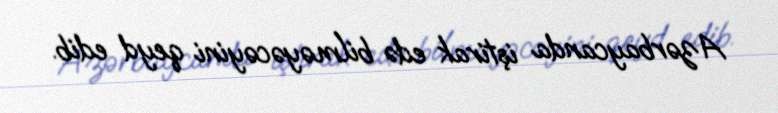
Azərbaycanda iştirak edə bilməyəcəyini qeyd edib.